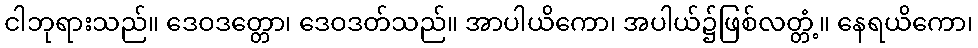
ငါဘုရားသည်။ ဒေဝဒတ္တော၊ ဒေဝဒတ်သည်။ အာပါယိကော၊ အပါယ်၌ဖြစ်လတ္တံ့။ နေရယိကော၊